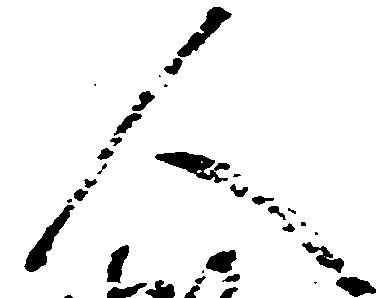
人